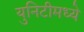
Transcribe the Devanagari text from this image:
युनिटीमध्ये